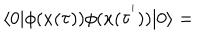
LaTeX: \langle 0 | \phi ( x ( \tau ) ) \phi ( x ( \tau ^ { ' } ) ) | 0 \rangle =